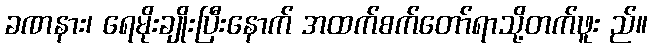
ခဏနား၊ ရေမိုးချိုးပြီးနောက် အထက်စက်တော်ရာသို့တက်ဖူး ည်။